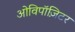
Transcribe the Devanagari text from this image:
ओविपॉज़िटर